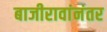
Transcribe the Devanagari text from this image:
बाजीरावांनंतर